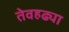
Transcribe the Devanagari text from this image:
तेवहढ्या